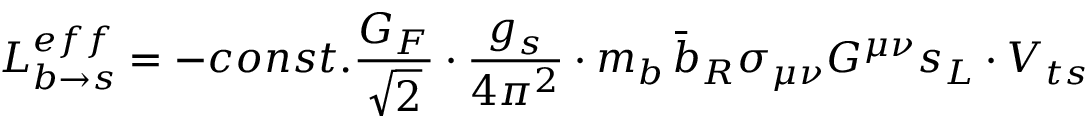
{ \cal L } _ { b \rightarrow s } ^ { e f f } = - c o n s t . \frac { G _ { F } } { \sqrt { 2 } } \cdot \frac { g _ { s } } { 4 \pi ^ { 2 } } \cdot m _ { b } \, \bar { b } _ { R } \sigma _ { \mu \nu } G ^ { \mu \nu } s _ { L } \cdot V _ { t s }